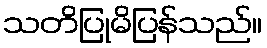
သတိပြုမိပြန်သည်။